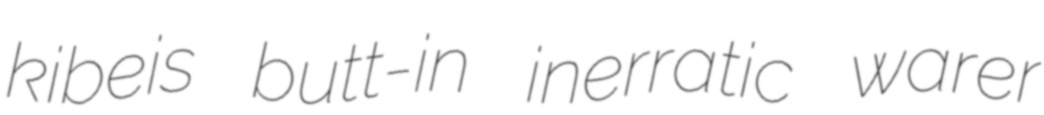
kibeis butt-in inerratic warer